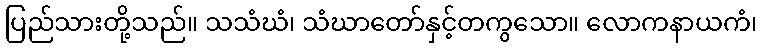
ပြည်သားတို့သည်။ သသံဃံ၊ သံဃာတော်နှင့်တကွသော။ လောကနာယကံ၊